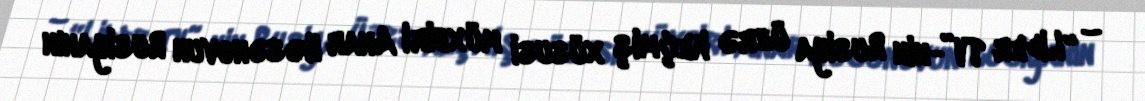
– “Lider TV”-nin Rusiya üzrə keçmiş xüsusi müxbiri Anar Həsənovun Rusiyanın